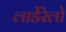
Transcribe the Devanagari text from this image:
लार्डेरेलो